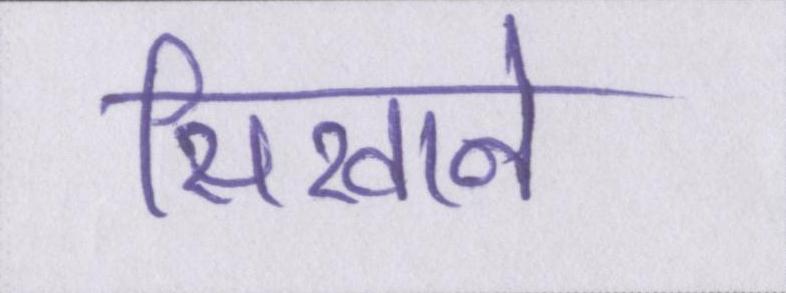
सिखाने